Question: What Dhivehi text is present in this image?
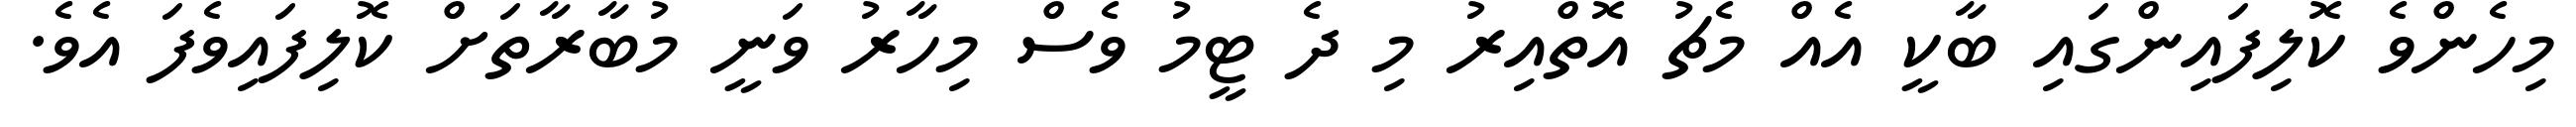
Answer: މިހެންވެ ކޮލިފައިންގައި ބާކީ އެއް މެޗު އޮތްއިރު މި ދެ ޓީމު ވެސް މިހާރު ވަނީ މުބާރާތަށް ކޮލިފައިވެފަ އެވެ.